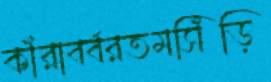
কাঁরাবর্বরতমসিঁড়ি